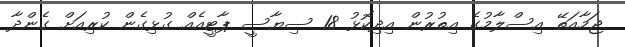
ޖަމާއަތޭ އިސްލާމުގެ އިތުރުން އިދިކޮޅު 18 ސިޔާސީ ޕާޓީއެއް ގުޅިގެން ކުރިއަށް ގެންދާ